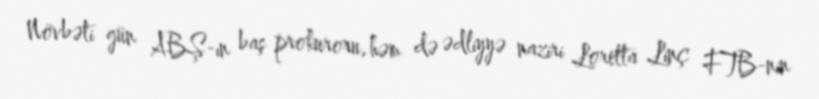
Növbəti gün ABŞ-ın baş prokuroru, həm də ədliyyə naziri Loretta Linç FTB-nin